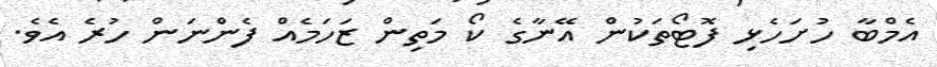
އެމްބާ ހުށަހެޅި ފޮޓޯތަކުން އޭނާގެ ކޯ މަތިން ޒަހަމެއް ފެންނަން ހުރެ އެވެ.